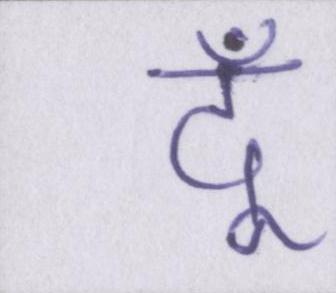
दूँ